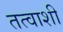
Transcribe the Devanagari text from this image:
तत्वाशी